Insane asylums in Bengal annual reports 1867-1875 - 1867-1875
Year: 1867
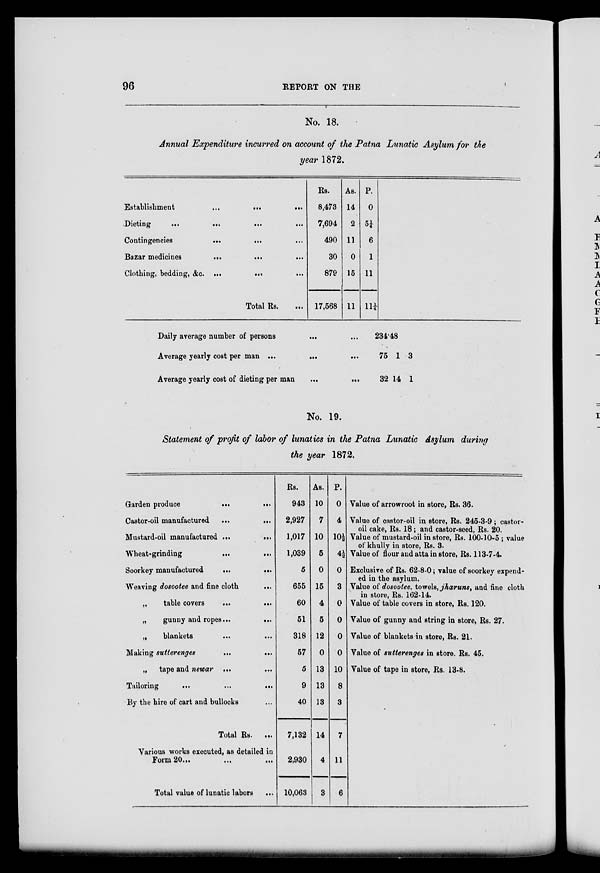
96
REPORT ON THE
No. 18.
Annual Expenditure incurred on account of the Patna Lunatic Asylum for the
year 1872.
Establishment
...
...
...
Dieting
...
...
...
Contingencies
...
...
...
Bazar medicines
...
...
...
Clothing, bedding, &c. ...
...
...
Total Rs. ...
Rs.
8,473
7,694
490
30
879
17,568
As.
14
2
11
0
15
11
P.
0
5¼
6
1
11
11¼
Daily average number of persons
Average yearly cost per man ...
...
...
Average yearly cost of dieting per man
...
...
234.48
75
32
1
14
3
1
No. 19.
Statement of profit of labor of lunatics in the Patna Lunatic Asylum during
the year 1872.
Garden produce
...
...
Castor-oil manufactured
...
...
Mustard-oil manufactured ...
...
Wheat-grinding
...
Soorkey manufactured
...
...
Weaving dosootee and fine cloth
...
„
table covers
...
...
„
gunny and ropes...
...
„
blankets ... ...
Making sutterenges
...
...
„ tape and newar ... ...
Tailoring
...
...
...
By the hire of cart and bullocks ...
Total Rs. ...
Various works executed, as detailed in
Form 20...
...
...
Total value of lunatic labors
...
Rs.
943
2,927
1,017
1,039
5
655
60
51
318
57
5
9
40
7,132
2,930
10,063
As.
10
7
10
5
0
15
4
5
12
0
13
13
13
14
4
3
P.
0
4
10½
4½
0
3
0
0
0
0
10
8
3
7
11
6
Value of arrowroot in store, Rs. 36.
Value of castor-oil in store, Rs. 245-3-9; castor-
oil cake, Rs. 18; and castor-seed, Rs. 20.
Value of mustard-oil in store, Rs. 100-10-5 ; value
of khully in store, Rs. 3.
Value of flour and attain store, Rs. 113-7-4.
Exclusive of Rs. 62-8-0; value of soorkey expend-
ed in the asylum.
Value of dosootee, towels, jharuns, and fine cloth
in store, Rs. 162-14.
Value of table covers in store, Rs. 120.
Value of gunny and string in store, Rs. 27.
Value of blankets in store, Rs. 21.
Value of sutterenges in store. Rs. 45.
Value of tape in store, Rs. 13-8.